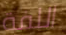
اللفة